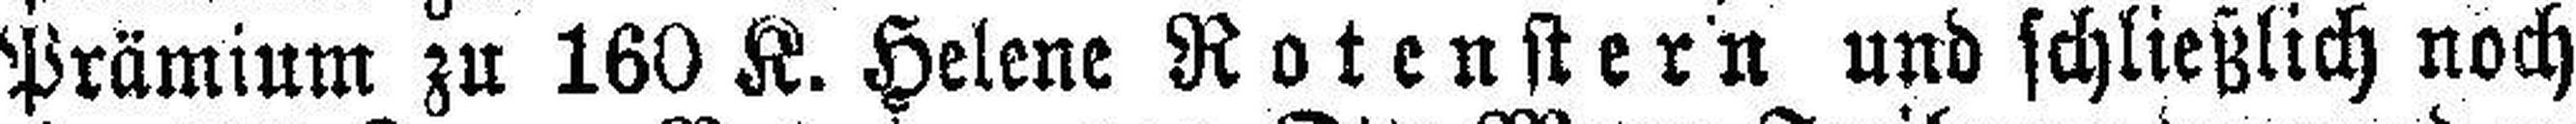
Prämium zu 160 K. Helene Rotenstern und schließlich noch